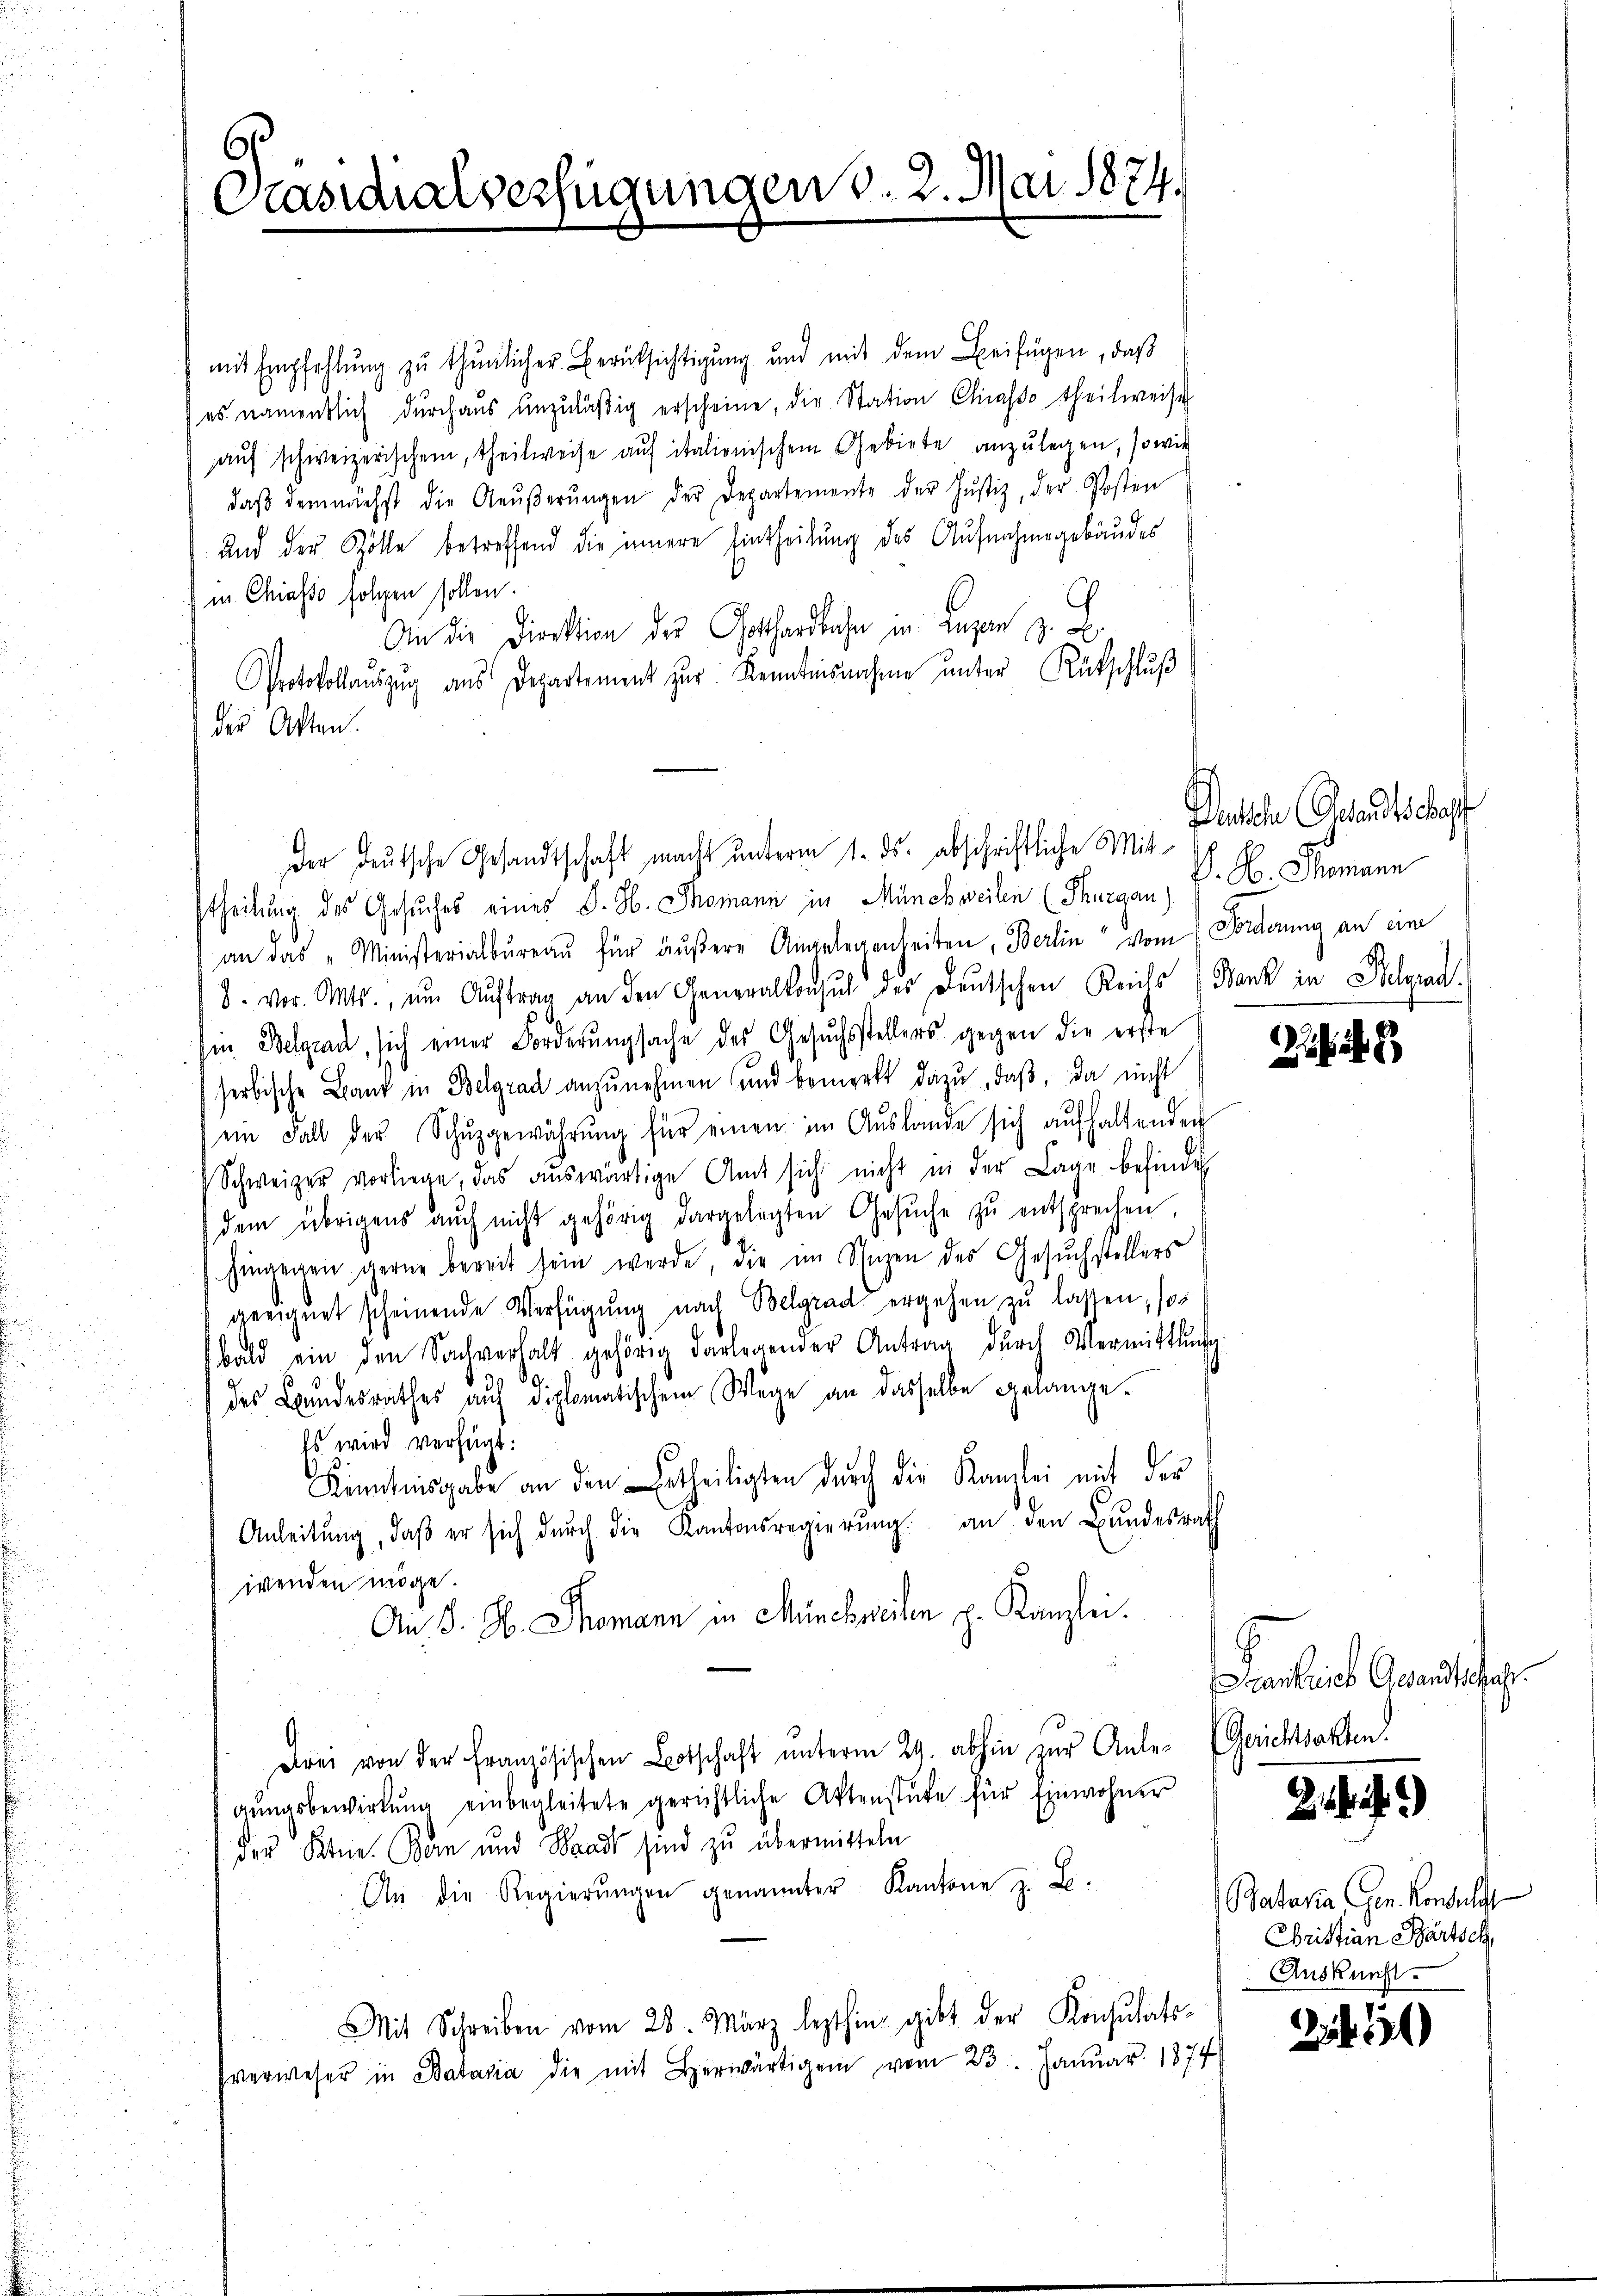
¬
Präsidialverfügungen v. 2. Mai 1874.

mit Empfehlŭng zŭ thŭnlicher Berücksichtigung und mit dem Beifügen, daβ
es namentlich durchaus unzuläßig erscheine, die Station Chirasso theilweise
auf schweizerischen, theilweise auf italienischem Gebiete anzulegen, so wir
daβ demnächst die Aeŭβerŭngen der Departemente der Justiz, der Posten
und der Zölle betreffend die innere Eintheilung des Aufnahmegebäudes
in Chiasso folgen sollen.
An die Direktion des Gothardbahn in Luzern z. B.
Protokollaŭszŭg ans Departement zŭr Kenntnisnahme ŭnter Rückschlŭβ
 der Akten.
theilung des Gesuches eines K. H. Thomann in Münchweilen (Thurgau, K. H. Thomann
an das "Ministerialbüreaŭ für äŭβere Angelegenheiten, Berlin vom Forderung an eine
8. vor. Mts., ŭm Aŭftrag an den Generalkonsuch des Deutschen Reichs Bank in Belgrad.
sm Belgrad, sich einer Forderŭngsache des Gesŭchsstellers gegen die erste
serbische Bank in Belgrad anzunehmen und bemerkt dazu, daß, da nicht
ein Fall der Schŭzgewährŭng für einen im Aŭslände sich aufhaltenden
Schweizer vorliege, das aŭswärtige Amt sich nicht in der Lage befinden
dem übrigens auch nicht gehörig dargelegten Gesŭche zŭ entsprechen,
hingegen gerne bereit sein werde, der im Sinzen des Gesŭchstellers
geeichnet scheinende Verfügung nach Belgrad ergehen zŭ lassen, so
bald ein den Sachverhalt gehörig darlegender Antrag dŭrch Vermittlung.
des Bundesrathes auf diplomatischem Wege an dasselbe gelange¬
Es wird verfügt:
Kenntnisgabe an den Ertheiligten durch die Kanzlei mit der
Anleitŭng, daβ er sich dŭrch die Kantonsregierŭng an den Bundesrath
wenden möge.
An J. H. Thomann in Münchweilen p. Kanzlei.
.
drei von der Französischen Botschaft ŭnterm 29. abhin zur Anle¬ (Gerichtsakten.
gŭngsbewirkŭng einbegleitete gerichtliche Aktenstüke für Einwohner
der Kerne. Bern und Waadt sind zu übermitteln
An die Regierŭngen genannter Kantone z. B.
Mit Schreiben vom 28. März lezthin gibt der Konsulatsverweser in Bataria die mit Herwärtigen vom 23. Januar 1874

der deutsche Gesandtschaft macht unterm 1. ds. abschriftliche Mit¬

Penten Gesandtschaff

Lankreich Gesandtschahr.

D

Batavia gen. Konsula
Christian Bartsch
Auskunft.

25

.)

10